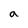
Character: a